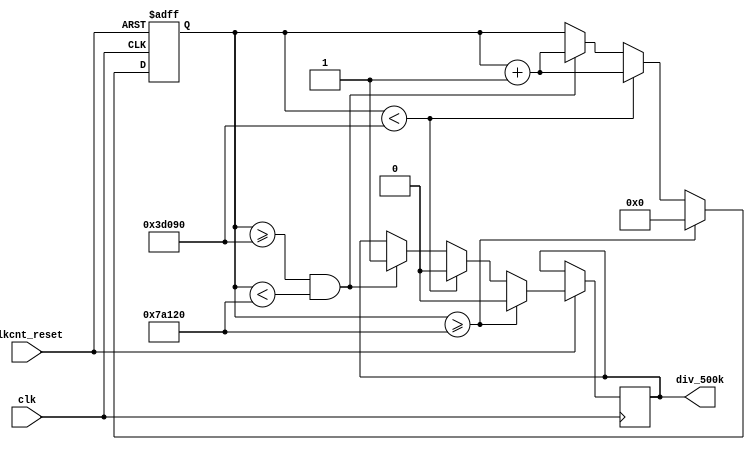
module clock_div_500k(clk, clkcnt_reset,  div_500k);
     input clk;
     input clkcnt_reset;     
    output div_500k;
      reg div_500k;
     reg [19:0] cnt;
  always @(negedge clkcnt_reset or posedge clk)begin
  if(~clkcnt_reset) cnt <= 0;
  else if (cnt >= 500000) begin
          div_500k <= 0;
          cnt <= 0; end
      else if (cnt < 250000) begin
          div_500k <= 0;
          cnt <= cnt + 1; end
      else if ((cnt >= 250000) && (cnt < 500000)) begin 
            div_500k <= 1;
            cnt <= cnt + 1; end
  end 
endmodule